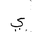
Letter: _ya